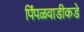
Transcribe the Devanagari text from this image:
पिंपळवाडीकडे